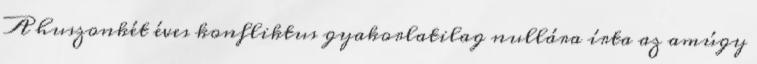
A huszonkét éves konfliktus gyakorlatilag nullára írta az amúgy